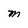
Character: m